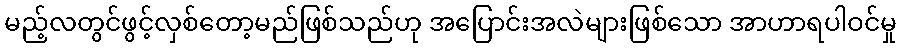
မည့်လတွင်ဖွင့်လှစ်တော့မည်ဖြစ်သည်ဟု အပြောင်းအလဲများဖြစ်သော အာဟာရပါဝင်မှု